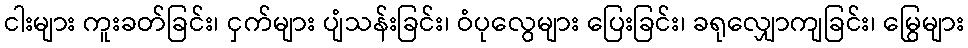
ငါးများ ကူးခတ်ခြင်း၊ ငှက်များ ပျံသန်းခြင်း၊ ဝံပုလွေများ ပြေးခြင်း၊ ခရုလျှောကျခြင်း၊ မြွေများ